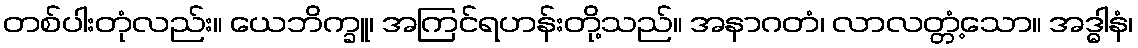
တစ်ပါးတုံလည်း။ ယေဘိက္ခူ၊ အကြင်ရဟန်းတို့သည်။ အနာဂတံ၊ လာလတ္တံ့သော။ အဒ္ဓါနံ၊